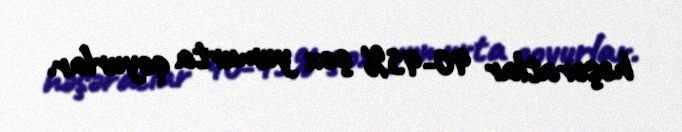
həşəratlar 40-45% çox yumurta qoyurlar.